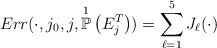
\begin{align*}Err(\cdot ,j_{0},j,\overset{1}{\mathbb{P}}\left(E_{j}^{T}\right)) = \sum_{\ell = 1}^{5} J_{\ell}(\cdot)\end{align*}